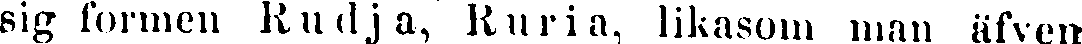
sig lönnen Rudja, Ruria, likasom man äfven